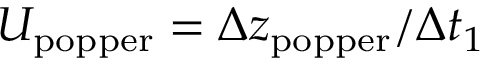
U _ { \mathrm { p o p p e r } } = \Delta z _ { \mathrm { p o p p e r } } / \Delta t _ { 1 }